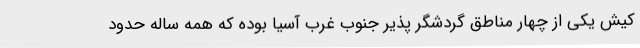
کیش یکی از چهار مناطق گردشگر پذیر جنوب غرب آسیا بوده که همه ساله حدود